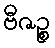
ဗီဇဉ္စ